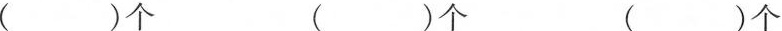
( ）个（） 个 （）个